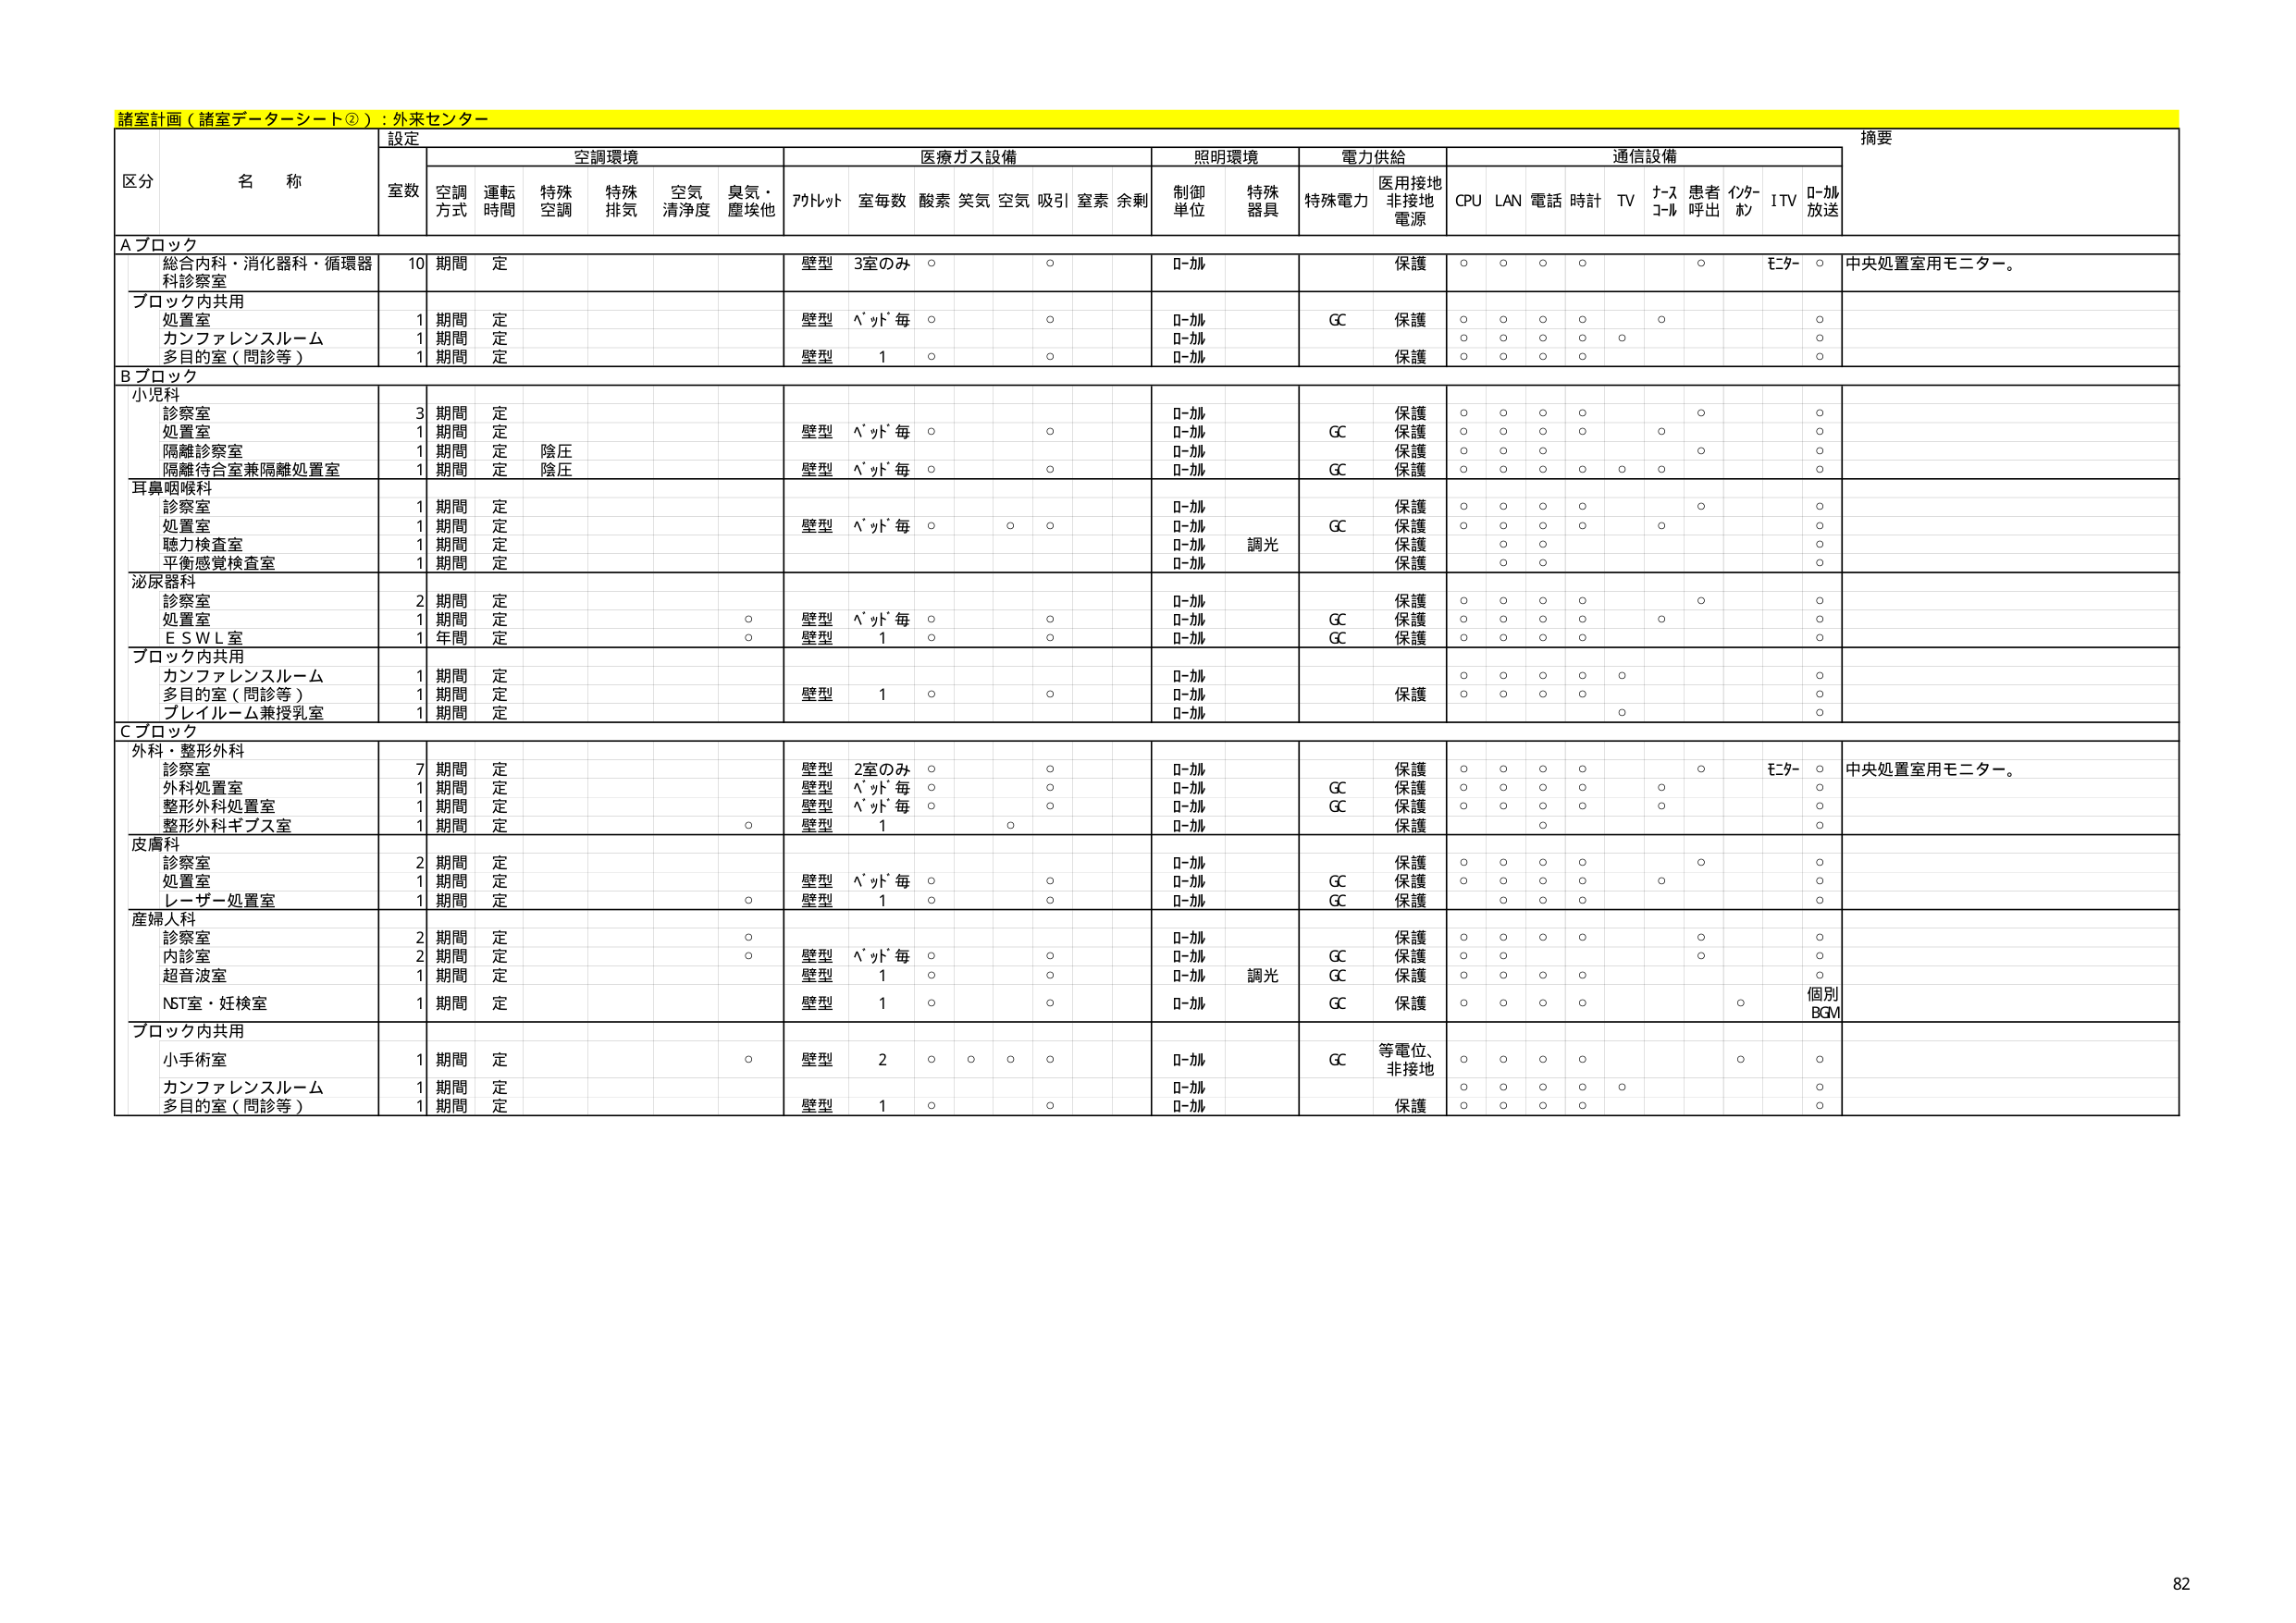
諸室計画（諸室データシート②）：外来センター

設定
摘要

区分 名称
室数 空調環境 医療ガス設備 照明環境 電力供給 通信設備

空調方式 運転時間 特殊空調 特殊排気 空気清浄度 臭気・塵埃他 アルトット 室毎数 酸素 笑気 空気 吸引 窒素 余剰 制御単位 特殊器具 特殊電力 医用接地非接地電源 CPU LAN 電話 時計 TV ナースコール 患者呼出 インターホン ITV D-加放送

Aブロック
総合内科・消化器科・循環器科診察室 10 期間 定 壁型 3室のみ ○ ○ D-加 保護 ○ ○ ○ ○ ○ モニター ○ 中央処置室用モニター。

ブロック内共用
処置室 1 期間 定 壁型 パイプ毎 ○ ○ D-加 GC 保護 ○ ○ ○ ○ ○ ○
カンファレンスルーム 1 期間 定 D-加 ○ ○ ○ ○ ○
多目的室（問診等） 1 期間 定 壁型 1 ○ ○ D-加 保護 ○ ○ ○ ○ ○

Bブロック
小児科
診察室 3 期間 定 D-加 保護 ○ ○ ○ ○ ○ ○
処置室 1 期間 定 壁型 パイプ毎 ○ ○ D-加 GC 保護 ○ ○ ○ ○ ○ ○
隔離診察室 1 期間 定 陰圧 D-加 保護 ○ ○ ○ ○ ○
隔離待合室兼隔離処置室 1 期間 定 陰圧 壁型 パイプ毎 ○ ○ D-加 GC 保護 ○ ○ ○ ○ ○ ○

耳鼻咽喉科
診察室 1 期間 定 D-加 保護 ○ ○ ○ ○ ○ ○
処置室 1 期間 定 壁型 パイプ毎 ○ ○ ○ D-加 GC 保護 ○ ○ ○ ○ ○ ○
聴力検査室 1 期間 定 D-加 保護 ○ ○ ○
平衡感覚検査室 1 期間 定 D-加 調光 保護 ○ ○ ○

泌尿器科
診察室 2 期間 定 D-加 保護 ○ ○ ○ ○ ○ ○
処置室 1 期間 定 ○ 壁型 パイプ毎 ○ ○ D-加 GC 保護 ○ ○ ○ ○ ○ ○
E S W L室 1 年間 定 ○ 壁型 1 ○ ○ D-加 GC 保護 ○ ○ ○ ○ ○

ブロック内共用
カンファレンスルーム 1 期間 定 D-加 ○ ○ ○ ○ ○ ○
多目的室（問診等） 1 期間 定 壁型 1 ○ ○ D-加 保護 ○ ○ ○ ○ ○
ブレイルーム兼授乳室 1 期間 定 D-加 ○ ○

Cブロック
外科・整形外科
診察室 7 期間 定 壁型 2室のみ ○ ○ D-加 保護 ○ ○ ○ ○ ○ モニター ○ 中央処置室用モニター。
外科処置室 1 期間 定 壁型 パイプ毎 ○ ○ D-加 GC 保護 ○ ○ ○ ○ ○ ○
整形外科処置室 1 期間 定 壁型 パイプ毎 ○ ○ D-加 GC 保護 ○ ○ ○ ○ ○ ○
整形外科ギプス室 1 期間 定 ○ 壁型 1 ○ D-加 保護 ○ ○

皮膚科
診察室 2 期間 定 D-加 保護 ○ ○ ○ ○ ○ ○
処置室 1 期間 定 壁型 パイプ毎 ○ ○ D-加 GC 保護 ○ ○ ○ ○ ○ ○
レーザー処置室 1 期間 定 ○ 壁型 1 ○ ○ D-加 GC 保護 ○ ○ ○ ○ ○

産婦人科
診察室 2 期間 定 ○ D-加 保護 ○ ○ ○ ○ ○ ○
内診室 2 期間 定 ○ 壁型 パイプ毎 ○ ○ D-加 GC 保護 ○ ○ ○ ○ ○ ○
超音波室 1 期間 定 壁型 1 ○ ○ D-加 調光 GC 保護 ○ ○ ○ ○ ○
NST室・妊検室 1 期間 定 壁型 1 ○ ○ D-加 GC 保護 ○ ○ ○ ○ ○ 個別BGM

ブロック内共用
小手術室 1 期間 定 ○ 壁型 2 ○ ○ ○ ○ D-加 GC 等電位、非接地 ○ ○ ○ ○ ○ ○
カンファレンスルーム 1 期間 定 D-加 ○ ○ ○ ○ ○
多目的室（問診等） 1 期間 定 壁型 1 ○ ○ D-加 保護 ○ ○ ○ ○ ○

82